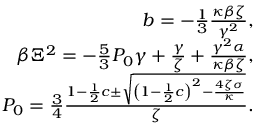
\begin{array} { r } { b = - \frac { 1 } { 3 } \frac { \kappa \beta \zeta } { \gamma ^ { 2 } } , } \\ { \beta \Xi ^ { 2 } = - \frac { 5 } { 3 } P _ { 0 } \gamma + \frac { \gamma } { \zeta } + \frac { \gamma ^ { 2 } \alpha } { \kappa \beta \zeta } , } \\ { P _ { 0 } = \frac { 3 } { 4 } \frac { 1 - \frac { 1 } { 2 } c \pm \sqrt { \left( 1 - \frac { 1 } { 2 } c \right) ^ { 2 } - \frac { 4 \zeta \sigma } { \kappa } } } { \zeta } . } \end{array}